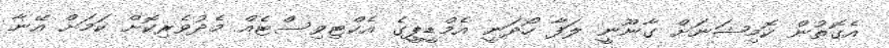
އެގޮތުން ކޮމިޝަނަށް ގާނޫނީ ލަފާ ހޯދަނީ އެމްޑީޕީގެ އެކްޓިވިސްޓެއް މެދުވެރިކޮށް ކަމަށް އޭނާ